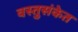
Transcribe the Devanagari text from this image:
वस्तुसंकेत